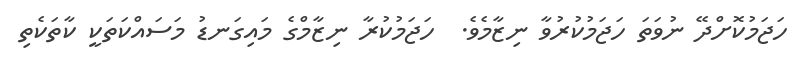
ހަޖަމުކޮށްދޭ ނުވަތަ ހަޖަމުކުރުވާ ނިޒާމެވެ.  ހަޖަމުކުރާ ނިޒާމްގެ މައިގަނޑު މަސައްކަތަކީ ކާތަކެތި